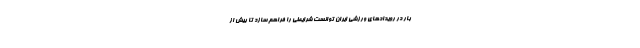
بار در رویدادهای ورزشی ایران توانست شرایطی را فراهم سازد تا بیش از